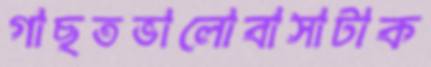
গাছতভালোবাসাটাক